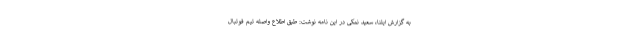
به گزارش ایلنا، سعید نمکی در این نامه نوشت: طبق اطلاع واصله تیم فوتبال